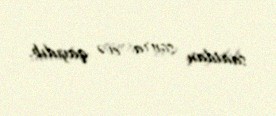
saatdan sonra evə qayıdıb.